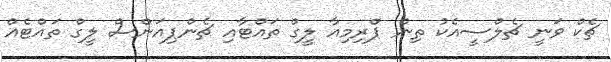
ޗެކް ވަނީ ޗެލްސީއެކު ތިން ޕްރިމިއާ ލީގް ތައްޓާއި ޗެންޕިއަންސް ލީގް ތައްޓެއް